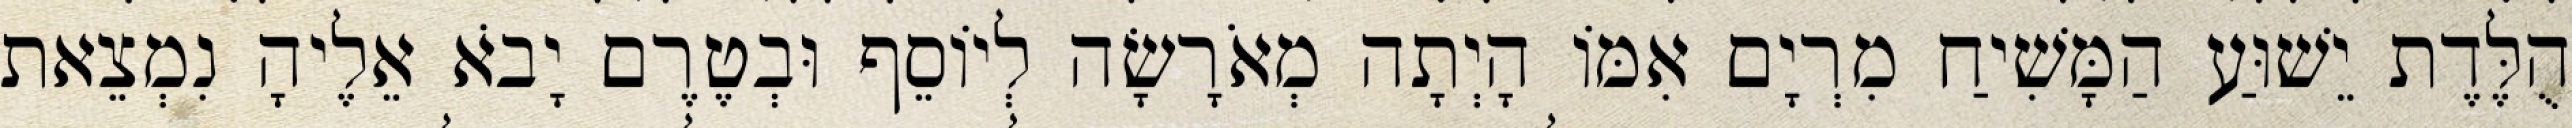
הֻלֶּדֶת יֵשׁוּעַ הַמָּשִׁיחַ מִרְיָם אִמּוֹ הָיְתָה מְאֹרָשָׂה לְיוֹסֵף וּבְטֶרֶם יָבֹא אֵלֶיהָ נִמְצֵאת